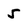
Character: 5